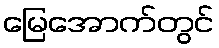
မြေအောက်တွင်